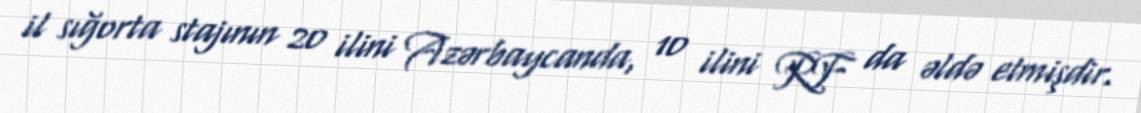
il sığorta stajının 20 ilini Azərbaycanda, 10 ilini RF da əldə etmişdir.